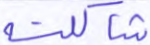
شاكلته